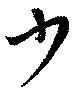
少